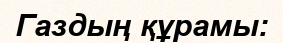
Газдың құрамы: